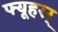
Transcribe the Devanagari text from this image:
फ्यूहरर्